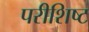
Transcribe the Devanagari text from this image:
परीशिष्ट